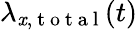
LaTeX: \lambda_{\mathit{x},\mathrm{{~t~o~t~a~l~}}}(t)